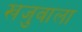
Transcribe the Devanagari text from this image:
खजुवाला